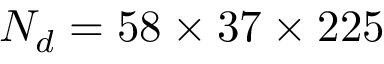
N _ { d } = 5 8 \times 3 7 \times 2 2 5